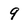
Character: 9